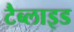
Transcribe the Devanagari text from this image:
टैब्लाइड